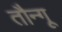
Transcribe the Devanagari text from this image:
तौन्गू